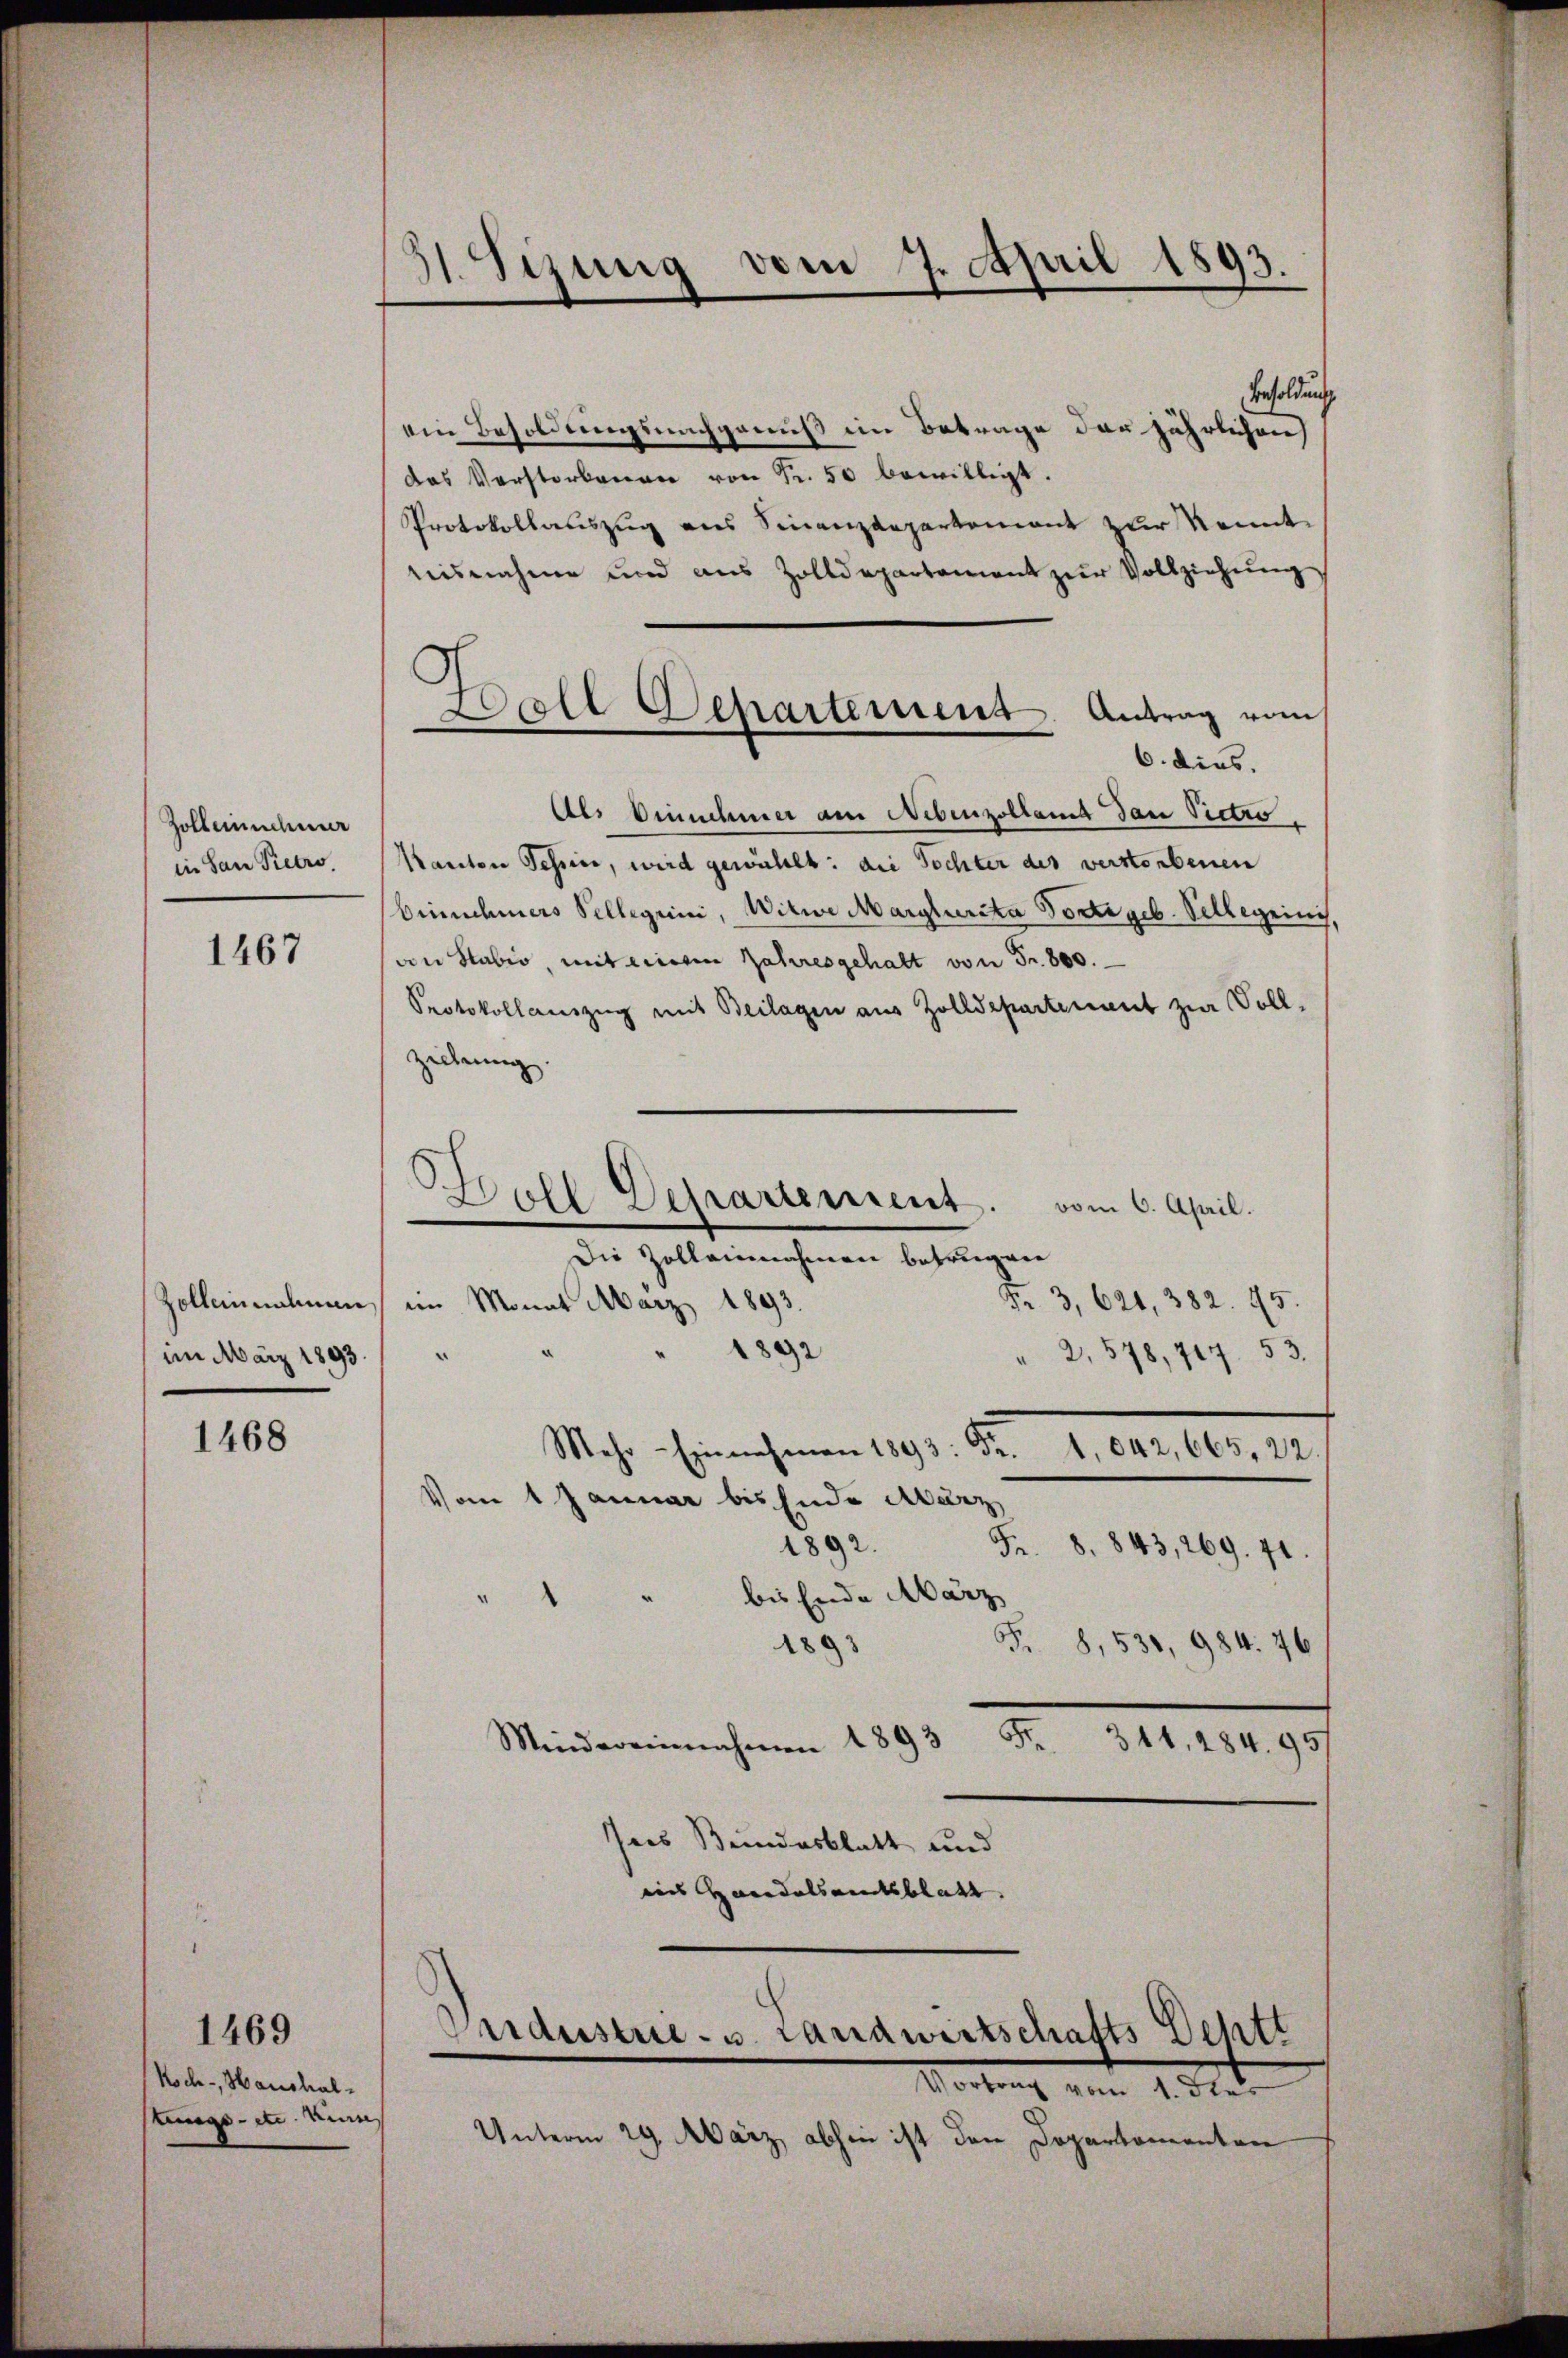
Zoll einnehmer
in San Fiebes.

1467

Zollennahmen,
im März 1893.

1468

Koch- Haushal-
stungs- etc. ein

1469

31. Sizung vom 7. April 1893.

Besoldung
ein Besoldungsnachgenuß im Betrage der jährlichen
das Verstorbenen von Fr. 50 bewilligt.
Protokollauszug aus Sinanzdepartement zur konnt
nisnahme und aus Zolldepartament zŭr Vollziehŭng
Als Einnehmer am Nebenzollamt dan Pictro
Kanton Sehen, wird gewählt: die Tochter des verstorbenen
binnehmers Sellegiini, Witwe Marglurita Porti geb. Vellegeinis.
von Stabio, mit einem Jahresgehalt von Fr. 800.
Protokollauszug mit Beilagen aus Zolldepartenant zur Sollzeihung.
Hall Departement. vom 6. April.
Die Zollainnahmen betrugen
im Monat März 1893.
Fr. 3, 621, 382. 45.
802
" 2,578, 417. 53.
Mahr. Einnahmen 1297. d. 14. 64. 109, 12
Vom 1 Januar bis Ende Aerz
2892.
Fr. 8. 843, 269. 71
bis Ende März
d
1893
F. 8, 531, 984. 76
Fr. 341, 284. 95/
Mindereinnahmen 1893
sees Bundesblatt und
eins Handelsamtsblatt. |

Ball Departement. Antrag vom
6. dies.

Pardustrie- u. Landwirtschafts Septe

Vortrag vom 1. dies
Unterm 29. März abhin ist den Dopartementen